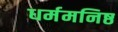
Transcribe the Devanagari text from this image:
धर्ममनिष्ठ